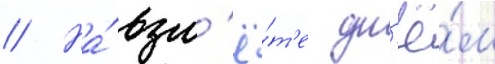
// На́ взл'ё́т'е дн'ё́м